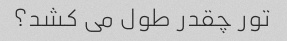
تور چقدر طول می کشد؟